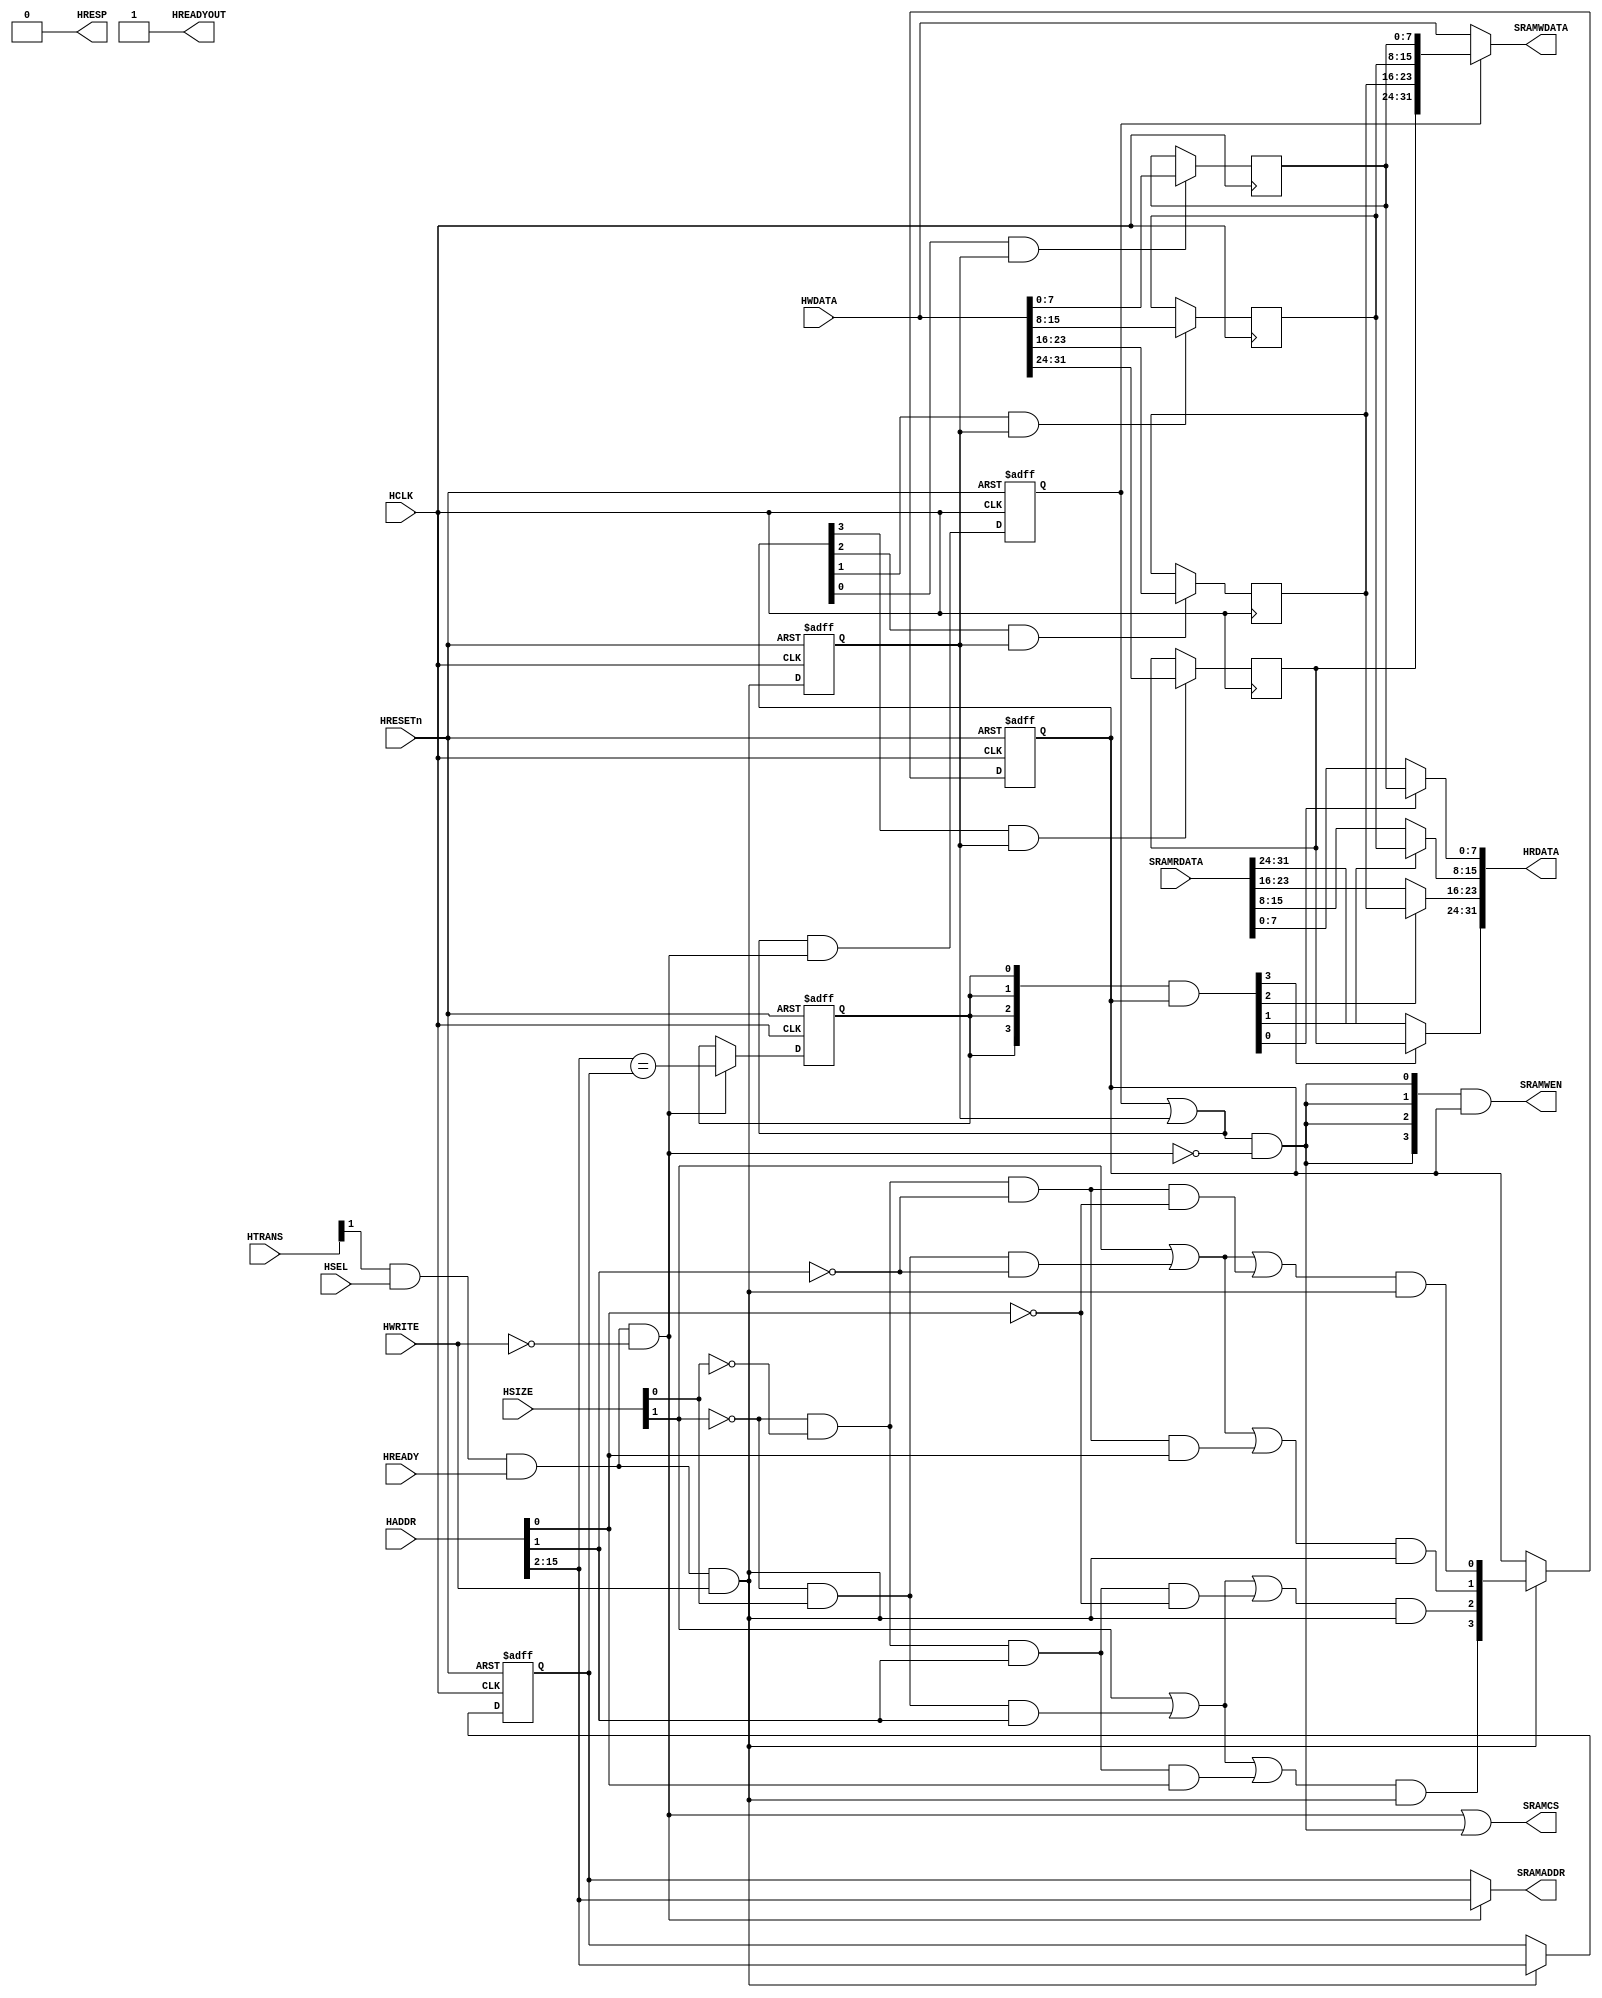
// ----------------------------------------------------------------------------
// The confidential and proprietary information contained in this file may
// only be used by a person authorised under and to the extent permitted
// by a subsisting licensing agreement from ARM Limited.
//
//        (C) COPYRIGHT 2010-2013 ARM Limited.
//                ALL RIGHTS RESERVED
//
// This entire notice must be reproduced on all copies of this file
// and copies of this file may only be made by a person if such person is
// permitted to do so under the terms of a subsisting license agreement
// from ARM Limited.
//
//      SVN Information
//
//      Checked In          : $Date: 2012-09-18 17:14:17 +0100 (Tue, 18 Sep 2012) $
//
//      Revision            : $Revision: 223062 $
//
//      Release Information : Cortex-M System Design Kit-r1p0-00rel0
//
// ----------------------------------------------------------------------------
//  Purpose : AHB OnChip RAM interface. Also suitable for FPGA RAM implmentation
// ----------------------------------------------------------------------------

module cmsdk_ahb_to_sram #(
// --------------------------------------------------------------------------
// Parameter Declarations
// --------------------------------------------------------------------------
  parameter AW       = 16) // Address width
 (
// --------------------------------------------------------------------------
// Port Definitions
// --------------------------------------------------------------------------
  input  wire          HCLK,      // system bus clock
  input  wire          HRESETn,   // system bus reset
  input  wire          HSEL,      // AHB peripheral select
  input  wire          HREADY,    // AHB ready input
  input  wire    [1:0] HTRANS,    // AHB transfer type
  input  wire    [2:0] HSIZE,     // AHB hsize
  input  wire          HWRITE,    // AHB hwrite
  input  wire [AW-1:0] HADDR,     // AHB address bus
  input  wire   [31:0] HWDATA,    // AHB write data bus
  output wire          HREADYOUT, // AHB ready output to S->M mux
  output wire          HRESP,     // AHB response
  output wire   [31:0] HRDATA,    // AHB read data bus

  input  wire   [31:0] SRAMRDATA, // SRAM Read Data
  output wire [AW-3:0] SRAMADDR,  // SRAM address
  output wire    [3:0] SRAMWEN,   // SRAM write enable (active high)
  output wire   [31:0] SRAMWDATA, // SRAM write data
  output wire          SRAMCS);   // SRAM Chip Select  (active high)

   // ----------------------------------------------------------
   // Internal state
   // ----------------------------------------------------------
   reg  [(AW-3):0]           buf_addr;        // Write address buffer
   reg  [ 3:0]               buf_we;          // Write enable buffer (data phase)
   reg                       buf_hit;         // High when AHB read address
                                              // matches buffered address
   reg  [31:0]               buf_data;        // AHB write bus buffered
   reg                       buf_pend;        // Buffer write data valid
   reg                       buf_data_en;     // Data buffer write enable (data phase)

   // ----------------------------------------------------------
   // Read/write control logic
   // ----------------------------------------------------------

   wire        ahb_access   = HTRANS[1] & HSEL & HREADY;
   wire        ahb_write    = ahb_access &  HWRITE;
   wire        ahb_read     = ahb_access & (~HWRITE);

   // Stored write data in pending state if new transfer is read
   //   buf_data_en indicate new write (data phase)
   //   ahb_read    indicate new read  (address phase)
   //   buf_pend    is registered version of buf_pend_nxt
   wire        buf_pend_nxt = (buf_pend | buf_data_en) & ahb_read;

   // RAM write happens when
   // - write pending (buf_pend), or
   // - new AHB write seen (buf_data_en) at data phase,
   // - and not reading (address phase)
   wire        ram_write    = (buf_pend | buf_data_en)  & (~ahb_read); // ahb_write

   // RAM WE is the buffered WE
   assign      SRAMWEN  = {4{ram_write}} & buf_we[3:0];

   // RAM address is the buffered address for RAM write otherwise HADDR
   assign      SRAMADDR = ahb_read ? HADDR[AW-1:2] : buf_addr;

   // RAM chip select during read or write
   assign      SRAMCS   = ahb_read | ram_write;

   // ----------------------------------------------------------
   // Byte lane decoder and next state logic
   // ----------------------------------------------------------

   wire       tx_byte    = (~HSIZE[1]) & (~HSIZE[0]);
   wire       tx_half    = (~HSIZE[1]) &  HSIZE[0];
   wire       tx_word    =   HSIZE[1];

   wire       byte_at_00 = tx_byte & (~HADDR[1]) & (~HADDR[0]);
   wire       byte_at_01 = tx_byte & (~HADDR[1]) &   HADDR[0];
   wire       byte_at_10 = tx_byte &   HADDR[1]  & (~HADDR[0]);
   wire       byte_at_11 = tx_byte &   HADDR[1]  &   HADDR[0];

   wire       half_at_00 = tx_half & (~HADDR[1]);
   wire       half_at_10 = tx_half &   HADDR[1];

   wire       word_at_00 = tx_word;

   wire       byte_sel_0 = word_at_00 | half_at_00 | byte_at_00;
   wire       byte_sel_1 = word_at_00 | half_at_00 | byte_at_01;
   wire       byte_sel_2 = word_at_00 | half_at_10 | byte_at_10;
   wire       byte_sel_3 = word_at_00 | half_at_10 | byte_at_11;

   // Address phase byte lane strobe
   wire [3:0] buf_we_nxt = { byte_sel_3 & ahb_write,
                             byte_sel_2 & ahb_write,
                             byte_sel_1 & ahb_write,
                             byte_sel_0 & ahb_write };

   // ----------------------------------------------------------
   // Write buffer
   // ----------------------------------------------------------

   // buf_data_en is data phase write control
   always @(posedge HCLK or negedge HRESETn)
     if (~HRESETn)
       buf_data_en <= 1'b0;
     else
       buf_data_en <= ahb_write;

   always @(posedge HCLK)
     if(buf_we[3] & buf_data_en)
       buf_data[31:24] <= HWDATA[31:24];

   always @(posedge HCLK)
     if(buf_we[2] & buf_data_en)
       buf_data[23:16] <= HWDATA[23:16];

   always @(posedge HCLK)
     if(buf_we[1] & buf_data_en)
       buf_data[15: 8] <= HWDATA[15: 8];

   always @(posedge HCLK)
     if(buf_we[0] & buf_data_en)
       buf_data[ 7: 0] <= HWDATA[ 7: 0];

   // buf_we keep the valid status of each byte (data phase)
   always @(posedge HCLK or negedge HRESETn)
     if (~HRESETn)
       buf_we <= 4'b0000;
     else if(ahb_write)
       buf_we <= buf_we_nxt;

   always @(posedge HCLK or negedge HRESETn)
     begin
     if (~HRESETn)
       buf_addr <= {(AW-2){1'b0}};
     else if (ahb_write)
         buf_addr <= HADDR[(AW-1):2];
     end
   // ----------------------------------------------------------
   // Buf_hit detection logic
   // ----------------------------------------------------------

   wire  buf_hit_nxt = (HADDR[AW-1:2] == buf_addr[AW-3:0]);

   // ----------------------------------------------------------
   // Read data merge : This is for the case when there is a AHB
   // write followed by AHB read to the same address. In this case
   // the data is merged from the buffer as the RAM write to that
   // address hasn't happened yet
   // ----------------------------------------------------------

   wire [ 3:0] merge1  = {4{buf_hit}} & buf_we; // data phase, buf_we indicates data is valid

   assign HRDATA =
              { merge1[3] ? buf_data[31:24] : SRAMRDATA[31:24],
                merge1[2] ? buf_data[23:16] : SRAMRDATA[23:16],
                merge1[1] ? buf_data[15: 8] : SRAMRDATA[15: 8],
                merge1[0] ? buf_data[ 7: 0] : SRAMRDATA[ 7: 0] };

   // ----------------------------------------------------------
   // Synchronous state update
   // ----------------------------------------------------------

   always @(posedge HCLK or negedge HRESETn)
     if (~HRESETn)
       buf_hit <= 1'b0;
     else if(ahb_read)
       buf_hit <= buf_hit_nxt;

   always @(posedge HCLK or negedge HRESETn)
     if (~HRESETn)
       buf_pend <= 1'b0;
     else
       buf_pend <= buf_pend_nxt;

   // if there is an AHB write and valid data in the buffer, RAM write data
   // comes from the buffer. otherwise comes from the HWDATA
   assign SRAMWDATA = (buf_pend) ? buf_data : HWDATA[31:0];

   // ----------------------------------------------------------
   // Assign outputs
   // ----------------------------------------------------------
   assign HREADYOUT = 1'b1;
   assign HRESP     = 1'b0;

`ifdef ARM_AHB_ASSERT_ON

   // ------------------------------------------------------------
   // Assertions
   // ------------------------------------------------------------
   //
`include "std_ovl_defines.h"

   reg ovl_ahb_read_reg;  // Last cycle has an AHB read in address phase
   reg ovl_ahb_write_reg; // Last cycle has an AHB write in address phase
   reg ovl_buf_pend_reg;  // Value of buf_pend in the last cycle

   always @(posedge HCLK or negedge HRESETn)
   begin
   if (~HRESETn)
     begin
     ovl_ahb_read_reg  <= 1'b0;
     ovl_ahb_write_reg <= 1'b0;
     ovl_buf_pend_reg  <= 1'b0;
     end
   else
     begin
     ovl_ahb_read_reg  <= ahb_read;
     ovl_ahb_write_reg <= ahb_write;
     ovl_buf_pend_reg  <= buf_pend;
     end
   end

   // -----------------------------------------------------------------------------
   // OVLs for read operations
   // -----------------------------------------------------------------------------

   // Check during a read (address phase), SRAMADDR must match
   // HADDR unless it is reading a word that is already inside the buffer.
   // Note:This interface module still generate a read to the SRAM although
   // strictly speaking it is not required.

   assert_never
     #(`OVL_ERROR,`OVL_ASSERT,
       "SRAMADDR read incorrect")
   u_ovl_sramaddr_read_transfer_error
     (.clk(HCLK), .reset_n(HRESETn),
      .test_expr(HTRANS[1] & HSEL & HREADY & (~HWRITE) & (SRAMADDR != HADDR[(AW-1):2]))
      );

   // Check during a read (address phase), SRAMWEN must be low
   assert_never
     #(`OVL_ERROR,`OVL_ASSERT,
       "SRAMWEN read incorrect")
   u_ovl_sramwen_read_transfer_error
     (.clk(HCLK), .reset_n(HRESETn),
      .test_expr(HTRANS[1] & HSEL & HREADY & (~HWRITE) & (SRAMWEN!=4'b0000))
      );

   // Check during a read (address phase), SRAMCS must be high
   assert_never
     #(`OVL_ERROR,`OVL_ASSERT,
       "SRAMCS read incorrect")
   u_ovl_sramcs_read_transfer_error
     (.clk(HCLK), .reset_n(HRESETn),
      .test_expr(HTRANS[1] & HSEL & HREADY & (~HWRITE) & (SRAMCS!=1'b1))
      );

   // -----------------------------------------------------------------------------
   // OVLs for write operations
   // -----------------------------------------------------------------------------

   // Check during a write (data phase), if there is no read in address phase
   // SRAMADDR should be same as buffered address
   assert_implication
     #(`OVL_ERROR,`OVL_ASSERT,
       "SRAMADDR write incorrect")
   u_ovl_sramaddr_wr_transfer_error
     (.clk(HCLK), .reset_n(HRESETn),
      .antecedent_expr(ovl_ahb_write_reg & // write data phase
        (ahb_read==1'b0)), // no read
      .consequent_expr(SRAMADDR==buf_addr)
      );

   // Check during a write (data phase), if there is no read in address phase
   // SRAMCS should be high
   assert_implication
     #(`OVL_ERROR,`OVL_ASSERT,
       "SRAMCS write incorrect")
   u_ovl_sramcs_wr_transfer_error
     (.clk(HCLK), .reset_n(HRESETn),
      .antecedent_expr(ovl_ahb_write_reg & // write data phase
        (ahb_read==1'b0)), // no read
      .consequent_expr(SRAMCS)
      );

   // Check during a write (data phase), if there is no read in address phase
   // SRAMWEN should be active
   assert_implication
     #(`OVL_ERROR,`OVL_ASSERT,
       "SRAMWEN write incorrect")
   u_ovl_sramwen_wr_transfer_error
     (.clk(HCLK), .reset_n(HRESETn),
      .antecedent_expr(ovl_ahb_write_reg & // write data phase
        (ahb_read==1'b0)), // no read
      .consequent_expr(SRAMWEN==buf_we)
      );

   // Check during a write (data phase), if there is no read in address phase
   // SRAMWDATA should be same as HWDATA
   assert_implication
     #(`OVL_ERROR,`OVL_ASSERT,
       "SRAMWDATA write incorrect")
   u_ovl_sramwdata_wr_transfer_error
     (.clk(HCLK), .reset_n(HRESETn),
      .antecedent_expr(ovl_ahb_write_reg & // write data phase
        (ahb_read==1'b0)),  // no read
      .consequent_expr(buf_pend == 1'b0) // Instead of checking SRAMWDATA and HWDATA
      ); // which can be X, check buf_pend instead. Otherwise OVL_ERROR will be
         // generated when write data is unknown.

   // -----------------------------------------------------------------------------
   // OVLs for buffered write operations
   // -----------------------------------------------------------------------------

   // Check during a write (address phase) or idle, if there is a buffered write
   // SRAMADDR should be same as buffered address
   assert_implication
     #(`OVL_ERROR,`OVL_ASSERT,
       "SRAMADDR buffer write incorrect")
   u_ovl_sramaddr_bufwr_transfer_error
     (.clk(HCLK), .reset_n(HRESETn),
      .antecedent_expr(((~(HTRANS[1] & HSEL & HREADY))|(HWRITE)) & // Idle or write
        (buf_pend==1'b1)), // buffered write pending
      .consequent_expr(SRAMADDR==buf_addr)
      );

   // Check during a write (address phase) or idle, if there is a buffered write
   // SRAMWDATA should be same as buffered write data
   assert_implication
     #(`OVL_ERROR,`OVL_ASSERT,
       "SRAMWDATA buffer write incorrect")
   u_ovl_sramwdata_bufwr_transfer_error
     (.clk(HCLK), .reset_n(HRESETn),
      .antecedent_expr(((~(HTRANS[1] & HSEL & HREADY))|(HWRITE)) & // Idle or write
        (buf_pend==1'b1)),  // buffered write pending
      .consequent_expr(SRAMWDATA==buf_data)
      );

   // Check during a write (address phase) or idle, if there is a buffered write
   // SRAMCS should be high
   assert_implication
     #(`OVL_ERROR,`OVL_ASSERT,
       "SRAMWDATA buffer write incorrect")
   u_ovl_sramcs_bufwr_transfer_error
     (.clk(HCLK), .reset_n(HRESETn),
      .antecedent_expr(((~(HTRANS[1] & HSEL & HREADY))|(HWRITE)) & // Idle or write
        (buf_pend==1'b1)),  // buffered write pending
      .consequent_expr(SRAMCS)
      );

   // Check during a write (address phase) or idle, if there is a buffered write
   // SRAMWEN should be high
   assert_implication
     #(`OVL_ERROR,`OVL_ASSERT,
       "SRAMWEN buffer write incorrect")
   u_ovl_sramwen_bufwr_transfer_error
     (.clk(HCLK), .reset_n(HRESETn),
      .antecedent_expr(((~(HTRANS[1] & HSEL & HREADY))|(HWRITE)) & // Idle or write
        (buf_pend==1'b1)), // buffered write pending
      .consequent_expr(SRAMWEN==buf_we)
      );

   // -----------------------------------------------------------------------------
   // OVLs for write buffer status
   // -----------------------------------------------------------------------------

   // Check if last cycle is an AHB write (address phase) and this cycle
   // we have an AHB read, then buf_pend_nxt should be high
   assert_implication
     #(`OVL_ERROR,`OVL_ASSERT,
       "buf_pend not staying high at read")
   u_ovl_buf_pend_nxt_set_error
     (.clk(HCLK), .reset_n(HRESETn),
      .antecedent_expr(ovl_ahb_write_reg & ahb_read),
      .consequent_expr(buf_pend_nxt)
      );

   // Check if last cycle is an AHB read and last buf_pend was high, then
   // buf_pend should still be high this cycle
   assert_implication
     #(`OVL_ERROR,`OVL_ASSERT,
       "buf_pend not staying high at read")
   u_ovl_buf_pend_stay_error
     (.clk(HCLK), .reset_n(HRESETn),
      .antecedent_expr(ovl_ahb_read_reg & ovl_buf_pend_reg),
      .consequent_expr(buf_pend)
      );

   // Check if last cycle is an AHB write (address phase) or idle, then
   // buf_pend should be low this cycle
   assert_implication
     #(`OVL_ERROR,`OVL_ASSERT,
       "buf_pend not clear")
   u_ovl_buf_pend_clear_error
     (.clk(HCLK), .reset_n(HRESETn),
      .antecedent_expr(ovl_ahb_write_reg | (~ovl_ahb_read_reg)),
      .consequent_expr(~buf_pend)
      );

`endif

endmodule